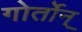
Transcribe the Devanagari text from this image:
गोर्तोन्